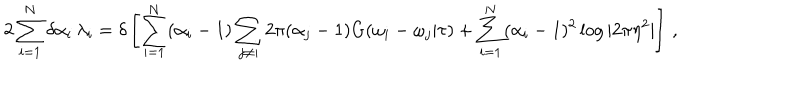
LaTeX: 2 \sum _ { i = 1 } ^ { N } \delta \alpha _ { i } \, \lambda _ { i } = \delta \left[ \sum _ { i = 1 } ^ { N } ( \alpha _ { i } - 1 ) \sum _ { j \neq i } 2 \pi ( \alpha _ { j } - 1 ) G ( \omega _ { i } - \omega _ { j } | \tau ) + \sum _ { i = 1 } ^ { N } ( \alpha _ { i } - 1 ) ^ { 2 } \log | 2 \pi \eta ^ { 2 } | \right] \, ,